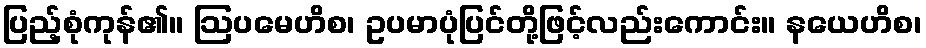
ပြည့်စုံကုန်၏။ ဩပမေဟိစ၊ ဥပမာပုံပြင်တို့ဖြင့်လည်းကောင်း။ နယေဟိစ၊